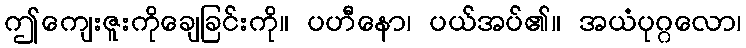
ဤကျေးဇူးကိုချေခြင်းကို။ ပဟီနော၊ ပယ်အပ်၏။ အယံပုဂ္ဂလော၊